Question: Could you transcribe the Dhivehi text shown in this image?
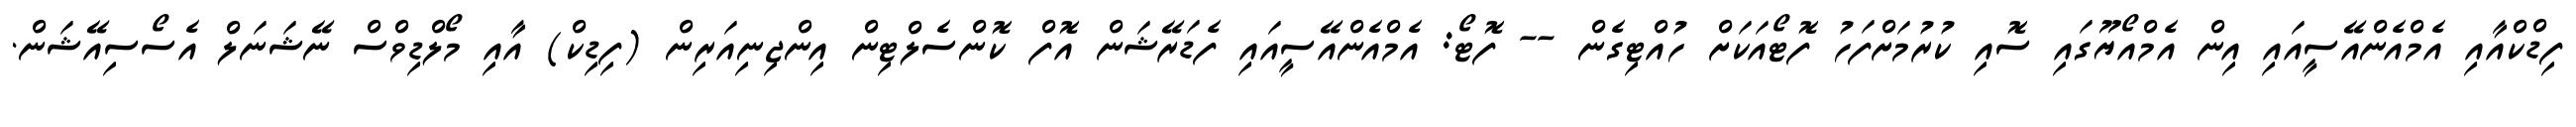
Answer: ފިޑްކްއާއި އެމްއެންއޭސީއައި އިން އެމްއޯޔޫގައި ސޮއި ކުރުމަށްފަހު ފޮޓޯއަކަށް ހުއްޓިގެން -- ފޮޓޯ: އެމްއެންއޭސީއައި ފެޑަރޭޝަން އޮފް ކޮންސެލްޓިން އިންޖިނިއަރިން (ފިޑިކް) އާއި މޯލްޑިވްސް ނޭޝަނަލް އެސޯސިއޭޝަން.